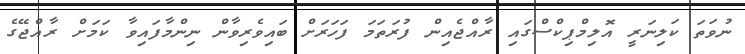
ނުވަތަ ކަލިނަރީ އޮލިމްޕިކްސްގައި ރާއްޖެއިން ފުރަތަމަ ފަހަރަށް ބައިވެރިވާން ނިންމާފައިވާ ކަމަށް ރާއްޖޭގެ